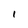
Character: l